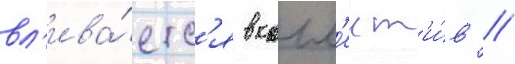
вл'ива́етс'я в колл'ект'и́в //